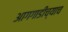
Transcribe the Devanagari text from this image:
आगगाडीच्याच